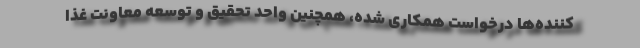
کننده‌ها درخواست همکاری شده، همچنین واحد تحقیق و توسعه معاونت غذا